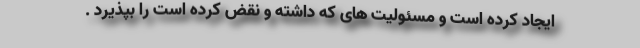
ایجاد کرده است و مسئولیت های که داشته و نقض کرده است را بپذیرد .